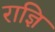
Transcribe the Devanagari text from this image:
राज्ञि